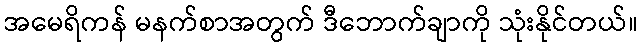
အမေရိကန် မနက်စာအတွက် ဒီဘောက်ချာကို သုံးနိုင်တယ်။